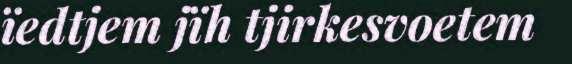
ïedtjem jïh tjirkesvoetem